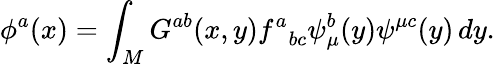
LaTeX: \phi^{a}(x)=\int_{M}G^{ab}(x,y){f^{a}}_{bc}\psi_{\mu}^{b}(y)\psi^{\mu c}(y)\, dy.